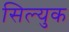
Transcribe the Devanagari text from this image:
सिल्युक